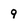
Character: 9